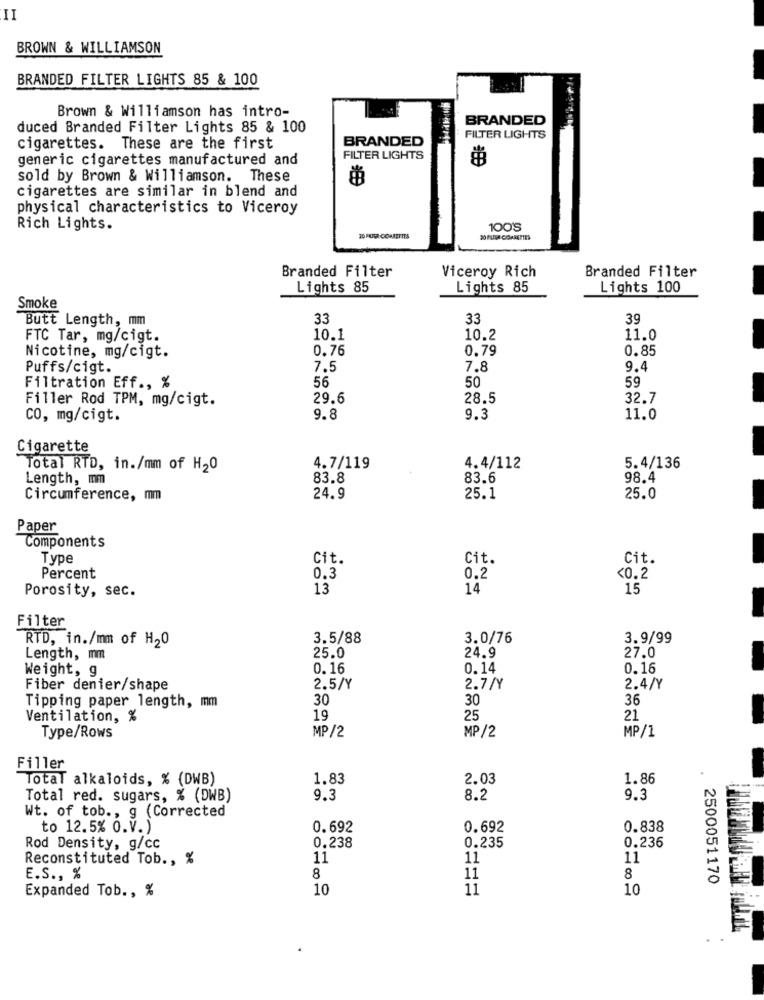
II
BROWN & WILLIAMSON
BRANDED FILTER LIGHTS 85 & 100
Brown & Williamson has intro-
BRANDED
duced Branded Filter Lights 85 & 100
BRANDED
FILTER LIGHTS
cigarettes. These are the first
generic cigarettes manufactured and
FILTER LIGHTS
sold by Brown & Williamson. These
cigarettes are similar in blend and
physical characteristics to Viceroy
Rich Lights.
100'S
Branded Filter
Viceroy Rich
Branded Filter
Lights 85
Lights 85
Lights 100
Smoke
Butt Length, mm
33
33
39
FTC Tar, mg/cigt.
10.1
10.2
11.0
0.76
0.79
0.85
Nicotine, mg/cigt.
Puffs/cigt.
7.5
7.8
9.4
56
50
59
Filtration Eff ., %
Filler Rod TPM, mg/cigt.
29.6
28.5
32.7
CO, mg/cigt.
9.8
9.3
11.0
Cigarette
Total RTD, in./mm of H20
4.7/119
4.4/112
5.4/136
Length, mm
83.8
83.6
98.4
Circumference, mm
24.9
25.1
25.0
Paper
Components
Type
Cit.
Cit.
Cit.
Percent
0.3
0.2
<0.2
Porosity, sec.
13
14
15
Filter
RTD, in./mm of H20
3.5/88
3.0/76
3.9/99
Length, mm
25.0
24.9
27.0
Weight, g
0.16
0.14
0.16
Fiber denier/shape
2.5/Y
2.7/Y
2.4/Y
Tipping paper length, mm
30
30
36
Ventilation, %
19
25
21
MP/2
MP/2
MP/1
Type/Rows
Filler
Total alkaloids, % (DWB)
1.83
2.03
1.86
Total red. sugars, % (DWB)
9.3
8.2
9.3
Wt. of tob ., g (Corrected
to 12.5% O.V.)
0.692
0.692
0.838
0.236
Rod Density, g/cc
0.238
0.235
Reconstituted Tob ., %
11
11
11
E.S ., %
8
11
8
2500051170
Expanded Tob ., %
10
11
10